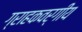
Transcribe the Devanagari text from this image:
ग्राहकवर्गीय